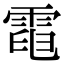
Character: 𩃓